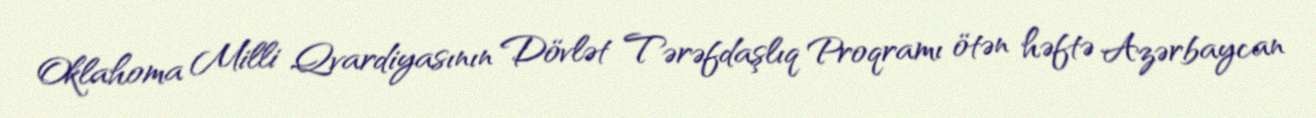
Oklahoma Milli Qvardiyasının Dövlət Tərəfdaşlıq Proqramı ötən həftə Azərbaycan